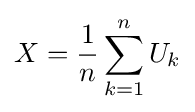
X={\frac {1}{n}}\sum _{k=1}^{n}U_{k}